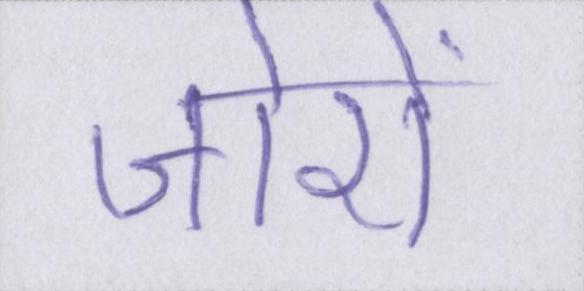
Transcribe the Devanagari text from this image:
जोरों